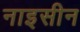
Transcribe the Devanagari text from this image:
नाइसीन